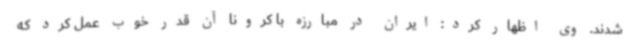
شدند. وی اظهار کرد: ایران در مبارزه با کرونا آن قدر خوب عمل کرد که